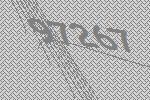
97267